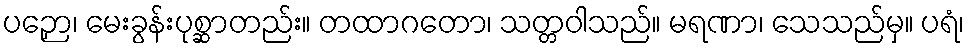
ပဉှော၊ မေးခွန်းပုစ္ဆာတည်း။ တထာဂတော၊ သတ္တဝါသည်။ မရဏာ၊ သေသည်မှ။ ပရံ၊